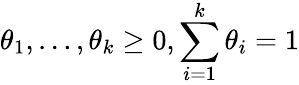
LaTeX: \theta_{1},\ldots,\theta_{k}\geq 0,\sum_{i=1}^{k}\theta_{i}=1